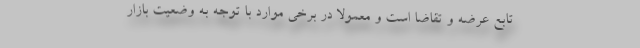
تابع عرضه و تقاضا است و معمولا در برخی موارد با توجه به وضعیت بازار